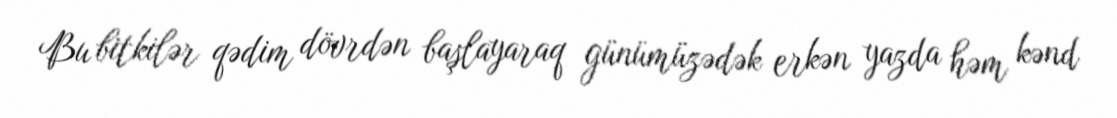
Bu bitkilər qədim dövrdən başlayaraq günümüzədək erkən yazda həm kənd